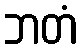
ဘတံ